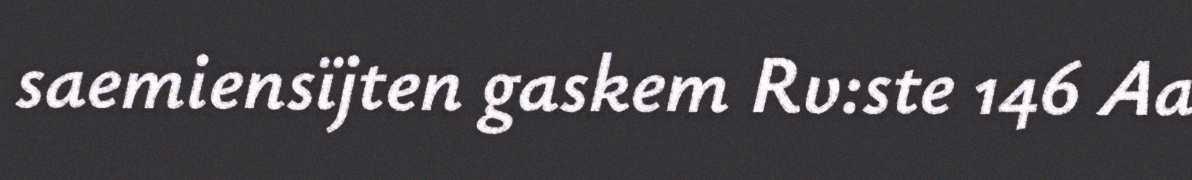
saemiensïjten gaskem Rv:ste 146 Aa